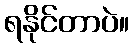
ရနိုင်တာပဲ။